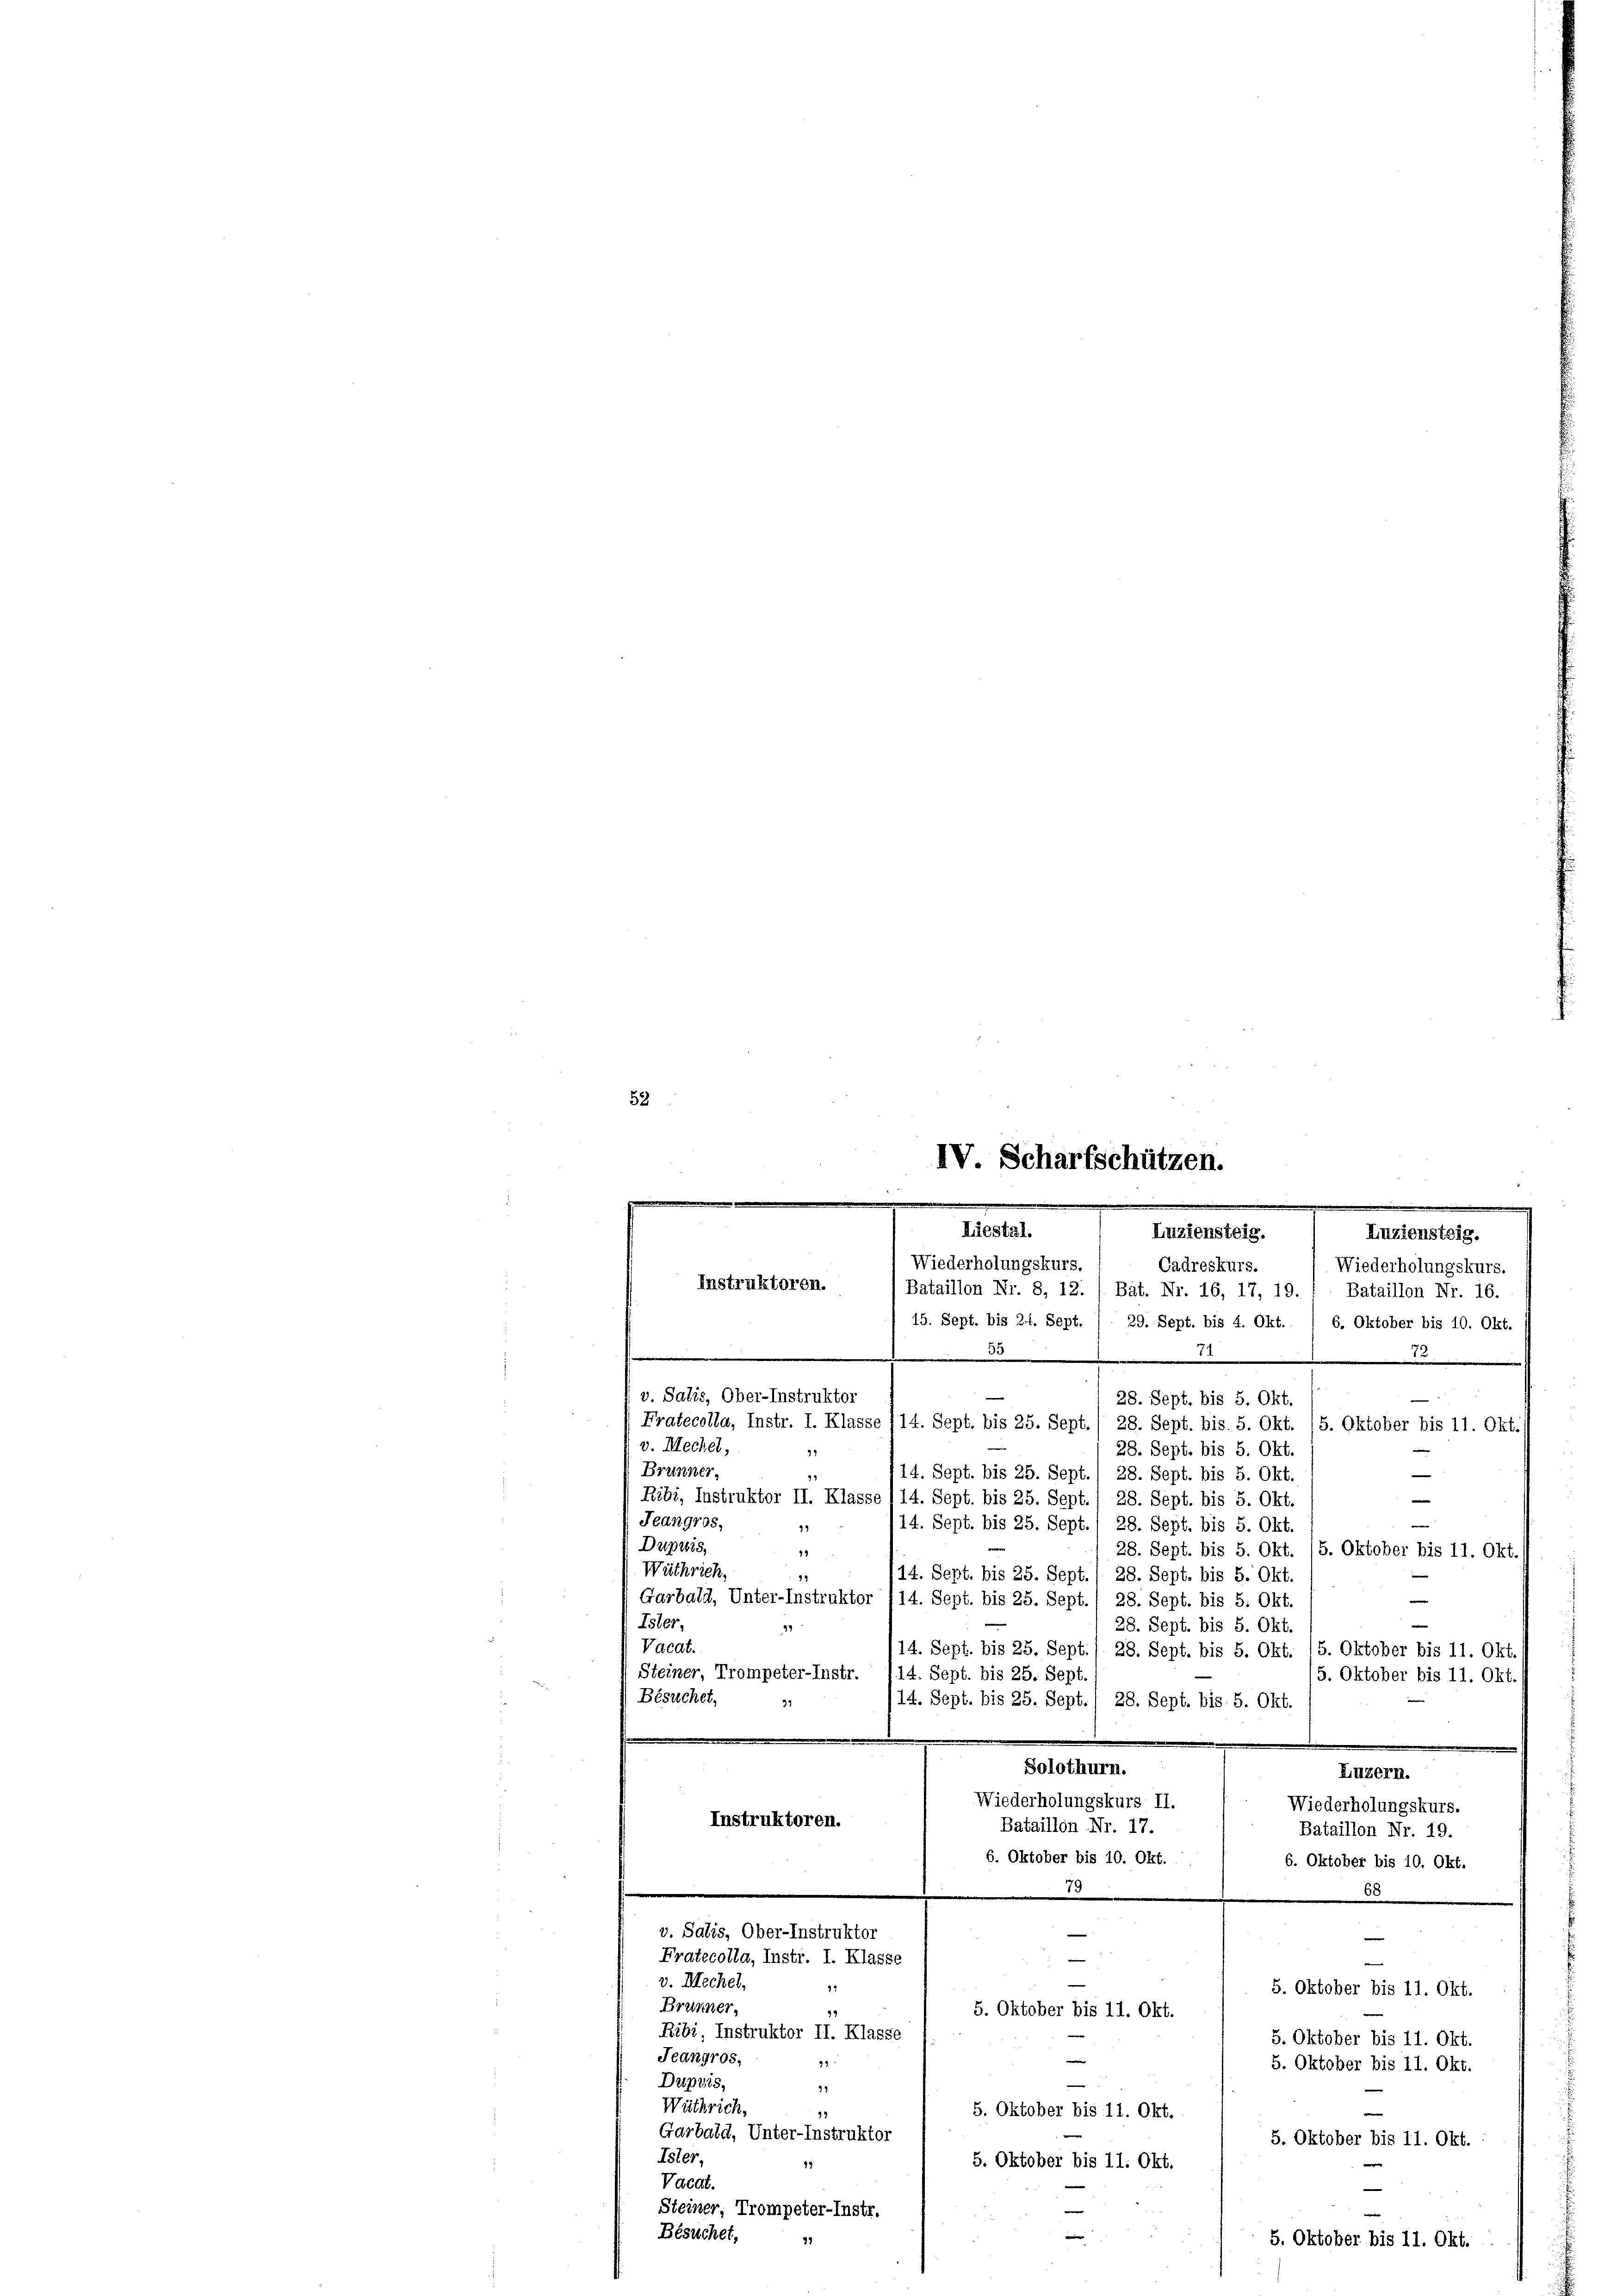
53

IV. Scharfschützen.
.
Liestal.
Luziensteig.
Luziensteig.
Wiederholungskurs.
Cadreskurs.
Wiederholungskurs.
Instruktoren.
Bataillon Nr. 8, 12. 1. Bat. Nr. 16, 17, 19. ( Bataillon Nr. 16.
15. Sept. bis 21. Sept. / 29. Sept. bis 4. Okt. / 6. Oktober bis 10. Okt.

13

"
v. Salis, Ober-Instruktor
28. Sept. bis 5. Okt.
e
Fratecolla, Instr. I. Klasse f 14. Sept. bis 25. Sept./ 28. Sept. bis. 5. Okt. (5. Oktober bis 11. Okt./
v. Mechet,
28. Sept. bis 5. Okt.
31
Brunner,
14. Sept. bis 25. Sept./ 28. Sept. bis 5. Okt.
99
—
—
Ribi, Instruktor II. Klasse 114. Sept. bis 25. Sept./ 28. Sept. bis 5. Okt.
Teangros,
/14. Sept. bis 25. Sept./ 28. Sept. bis 5. Okt.
29
Dupuis,
4
28. Sept. bis 5. Okt. 15. Oktober bis 11. Okt./
Wäthrich,
99
14. Sept. bis 25. Sept./ 28. Sept. bis 5. Okt.
Garbald, Unter-Instruktor /14. Sept. bis 25. Sept./ 28. Sept. bis 5. Okt.
Ester,
28. Sept. bis 5. Okt.
21
Vacat.
14. Sept. bis 25. Sept. / 28. Sept. bis 5. Okt. 15. Oktober bis 11. Okt.
(Steiner, Trompeter-Instr. 714. Sept. bis 25. Sept.
5. Oktober bis 11. Okt.
Besuchet,
14. Sept. bis 25. Sept./ 28. Sept. bis 5. Okt.
91
Solothurn.
Luzern.
Wiederholungskurs II.
Wiederholungskurs.
Instruktoren.
Bataillon Nr. 17.
Bataillon Nr. 19.
e
6. Oktober bis 10. Okt.
6. Oktober bis 10. Okt.
15
.
68
e
v. Salis, Ober-Instruktor
e
Fratecolla, Instr. I. Klasse
—
v. Blechel,
12
5. Oktober bis 11. Okt.
Brünner,
99
5. Oktober bis 11. Okt.
Ribi, Instruktor II. Klasse
5. Oktober bis 11. Okt.
Jeangros,
3
5. Oktober bis 11. Okt.
Dupvis,
91
Wüthrich,
5. Oktober bis 11. Okt.
98
Garbald, Unter-Instruktor
5. Oktober bis 11. Okt.
Ister.
5. Oktober bis 11. Okt.
15
Vacat.
Steiner, Trompeter-Instr.
Besuchet,
71
5. Oktober bis 11. Okt.